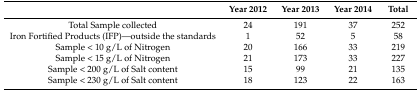
<table><thead><tr><td></td><td><b>Year 2012</b></td><td><b>Year 2013</b></td><td><b>Year 2014</b></td><td><b>Total</b></td></tr></thead><tbody><tr><td>Total Sample collected</td><td>24</td><td>191</td><td>37</td><td>252</td></tr><tr><td>Iron Fortified Products (IFP)—outside the standards</td><td>1</td><td>52</td><td>5</td><td>58</td></tr><tr><td>Sample &lt; 10 g/L of Nitrogen</td><td>20</td><td>166</td><td>33</td><td>219</td></tr><tr><td>Sample &lt; 15 g/L of Nitrogen</td><td>21</td><td>173</td><td>33</td><td>227</td></tr><tr><td>Sample &lt; 200 g/L of Salt content</td><td>15</td><td>99</td><td>21</td><td>135</td></tr><tr><td>Sample &lt; 230 g/L of Salt content</td><td>18</td><td>123</td><td>22</td><td>163</td></tr></tbody></table>